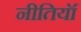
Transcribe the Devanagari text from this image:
नीतियॉं